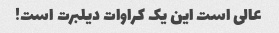
عالی است این یک کراوات دیلبرت است!